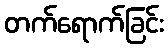
တက်ရောက်ခြင်း